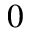
0